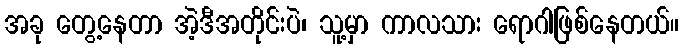
အခု တွေ့နေတာ အဲ့ဒီအတိုင်းပဲ၊ သူ့မှာ ကာလသား ရောဂါဖြစ်နေတယ်။